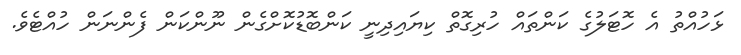
ޅަހުއްތު އެ ހޮޓަލުގެ ކަންތައް ހުރިގޮތް ކިޔައިދިނީ ކަންބޮޑުކޮށްގެން ނޫންކަން ފެންނަން ހުއްޓެވެ.